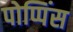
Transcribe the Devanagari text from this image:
पोप्पिंस